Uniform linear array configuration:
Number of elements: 12
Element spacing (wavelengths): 0.25
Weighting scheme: blackman
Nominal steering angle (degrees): -15
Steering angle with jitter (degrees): -13.314
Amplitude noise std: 0.05
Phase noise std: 0.05

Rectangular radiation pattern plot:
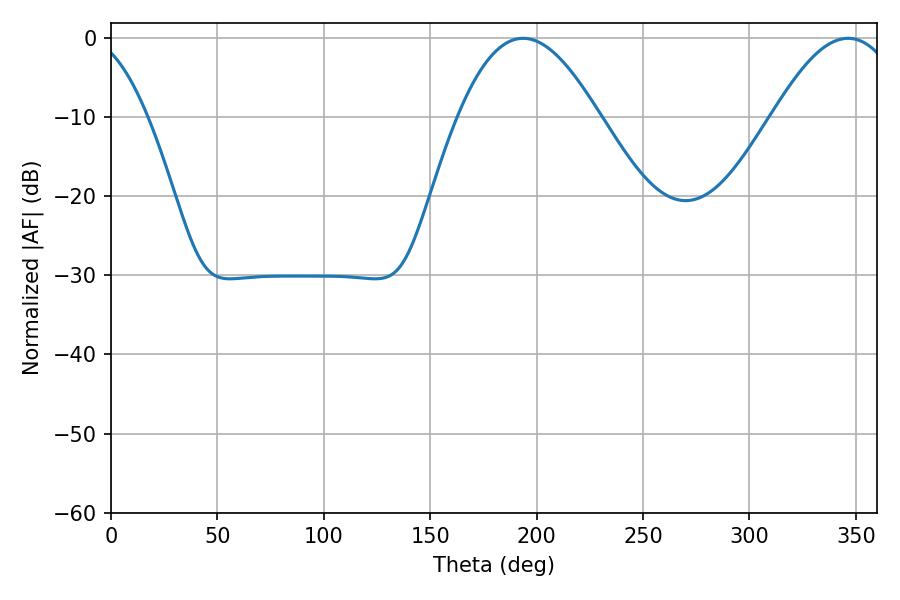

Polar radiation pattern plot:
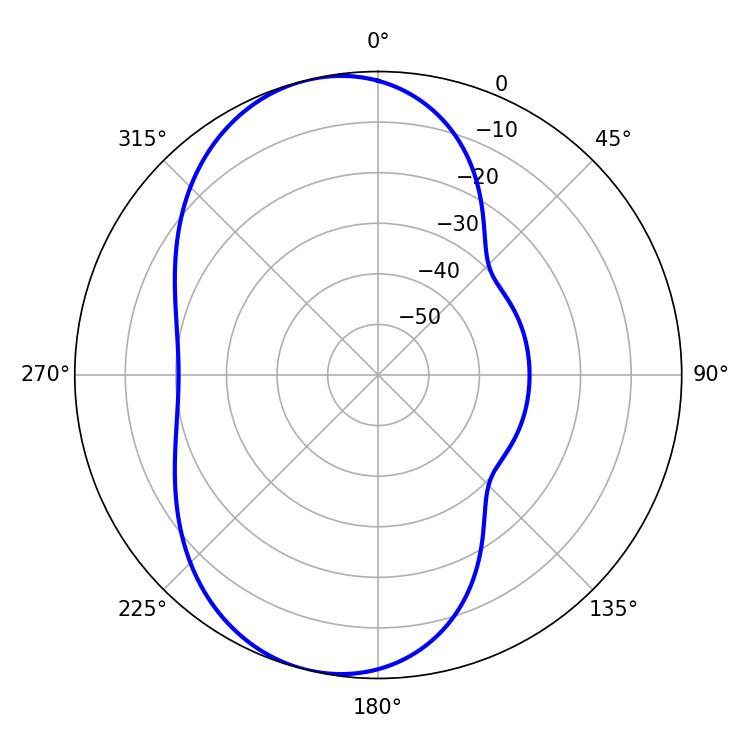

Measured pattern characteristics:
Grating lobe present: FALSE
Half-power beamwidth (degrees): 36
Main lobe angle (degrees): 193.68